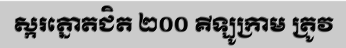
ស្ករត្នោតជិត ២០០ គីឡូក្រាម ត្រូវ